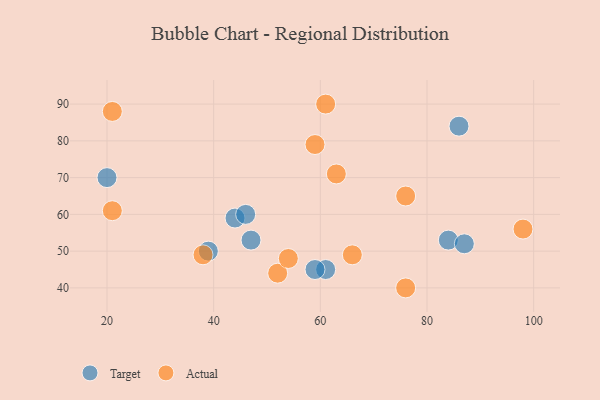
{"axis": {"x": "GDP", "y": "Life Expectancy"}, "legend": ["Actual", "Target"], "data": [{"x": "44", "y": 59, "type": "Target"}, {"x": "86", "y": 84, "type": "Target"}, {"x": "39", "y": 50, "type": "Target"}, {"x": "46", "y": 60, "type": "Target"}, {"x": "20", "y": 70, "type": "Target"}, {"x": "61", "y": 45, "type": "Target"}, {"x": "59", "y": 45, "type": "Target"}, {"x": "84", "y": 53, "type": "Target"}, {"x": "47", "y": 53, "type": "Target"}, {"x": "87", "y": 52, "type": "Target"}, {"x": "66", "y": 49, "type": "Actual"}, {"x": "63", "y": 71, "type": "Actual"}, {"x": "59", "y": 79, "type": "Actual"}, {"x": "21", "y": 88, "type": "Actual"}, {"x": "21", "y": 61, "type": "Actual"}, {"x": "98", "y": 56, "type": "Actual"}, {"x": "76", "y": 65, "type": "Actual"}, {"x": "61", "y": 90, "type": "Actual"}, {"x": "52", "y": 44, "type": "Actual"}, {"x": "76", "y": 40, "type": "Actual"}, {"x": "54", "y": 48, "type": "Actual"}, {"x": "38", "y": 49, "type": "Actual"}]}